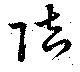
陪